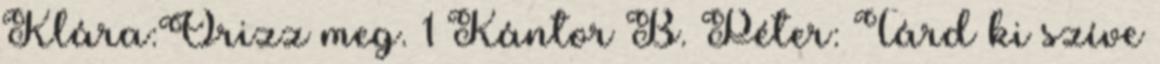
Klára:Õrizz meg. 1 Kántor B. Péter: Tárd ki szíve